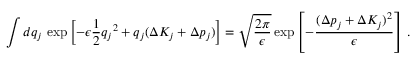
\int d q _ { j } \, \exp \left[ - \epsilon \frac { 1 } { 2 } { q _ { j } } ^ { 2 } + q _ { j } ( \Delta K _ { j } + \Delta p _ { j } ) \right] = \sqrt { \frac { 2 \pi } { \epsilon } } \exp \left[ - \frac { ( \Delta p _ { j } + \Delta K _ { j } ) ^ { 2 } } { \epsilon } \right] \, .